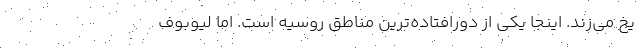
یخ می‌زند. اینجا یکی از دورافتاده‌ترین مناطق روسیه است. اما لیوبوف